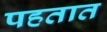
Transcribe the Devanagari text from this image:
पहतात